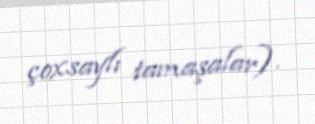
çoxsaylı tamaşalar).